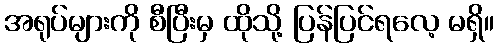
အရုပ်များကို စီပြီးမှ ထိုသို့ ပြန်ပြင်ရလေ့ မရှိ။